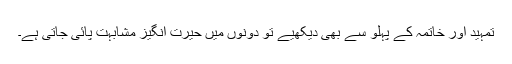
تمہید اور خاتمہ کے پہلو سے بھی دیکھیے تو دونوں میں حیرت انگیز مشابہت پائی جاتی ہے۔